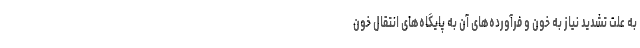
به علت تشدید نیاز به خون و فرآورده‌های آن به پایگاه‌های انتقال خون